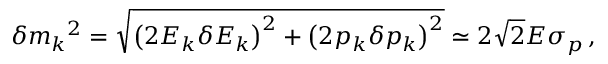
\delta { m _ { k } } ^ { 2 } = \sqrt { \left( 2 E _ { k } \delta { E _ { k } } \right) ^ { 2 } + \left( 2 p _ { k } \delta { p _ { k } } \right) ^ { 2 } } \simeq 2 \sqrt { 2 } E \sigma _ { p } \, ,